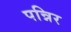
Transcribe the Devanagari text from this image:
पन्निर